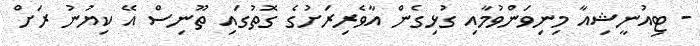
- ޓިއުނީޝިއާ މިނިވަންވުމާއި ގުޅިގެން އާވެރިރަށުގެ ގޮތުގައި ތޫނިސް އޭ ކިޔުނު ރަށް